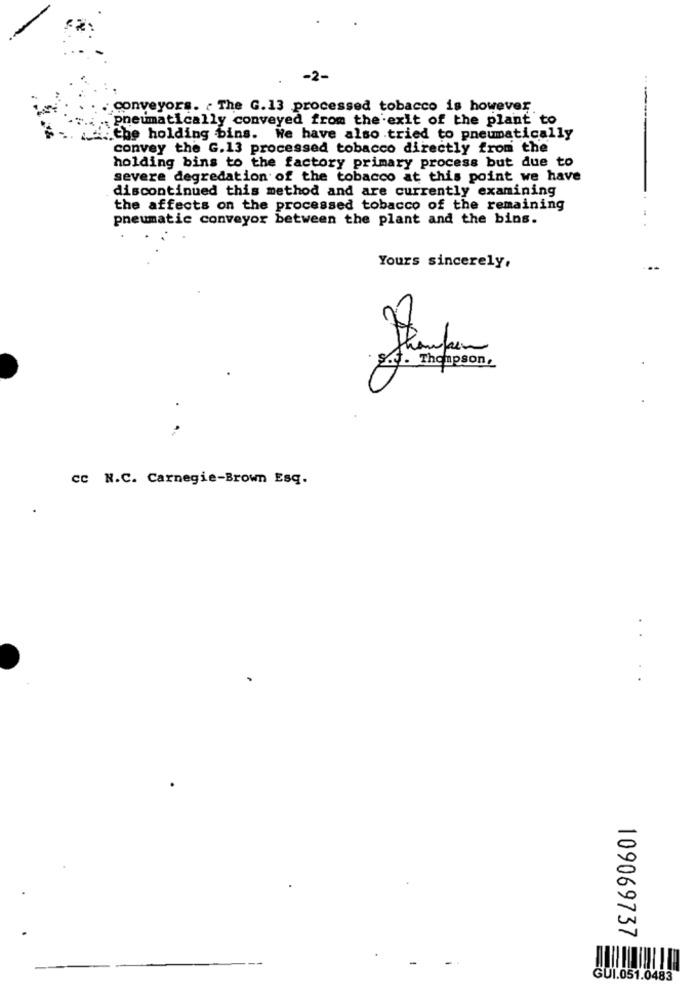
conveyors. " The G.13 processed tobacco is however.
pneumatically conveyed from the exit of the plant to
che holding bins. We have also tried to pneumatically
convey the G.13 processed tobacco directly from the
holding bins to the factory primary process but due to
severe degredation of the tobacco at this point we have
discontinued this method and are currently examining
the affects on the processed tobacco of the remaining
pneumatic conveyor between the plant and the bins.
Yours sincerely,
S. Thompson,
cc N.C. Carnegie-Brown Esq.
109069737
GUI.051.0483